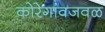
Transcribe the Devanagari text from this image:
कोरेगांवजवळ